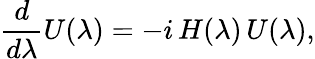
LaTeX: {\frac{d}{d\lambda}}U(\lambda)=-i\, H(\lambda)\, U(\lambda),